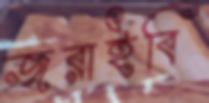
জরাইবি